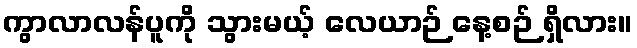
ကွာလာလန်ပူကို သွားမယ့် လေယာဉ် နေ့စဉ် ရှိလား။